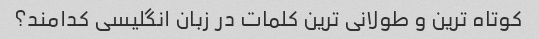
کوتاه ترین و طولانی ترین کلمات در زبان انگلیسی کدامند؟